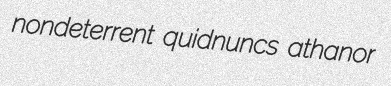
nondeterrent quidnuncs athanor